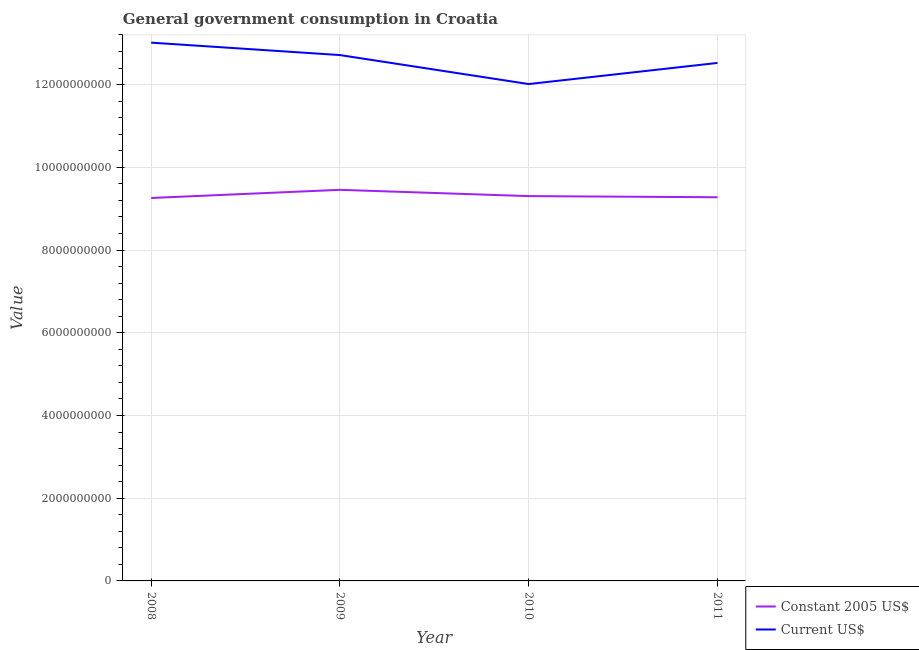
| Year | Constant 2005 US$ | Current US$ |
 | --- | --- | --- |
 | 2008 | 9.26e+09 | 1.3e+10 |
 | 2009 | 9.46e+09 | 1.27e+10 |
 | 2010 | 9.3e+09 | 1.2e+10 |
 | 2011 | 9.28e+09 | 1.25e+10 |